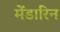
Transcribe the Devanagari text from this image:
मेंडारिन